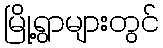
မြို့ရွာများတွင်